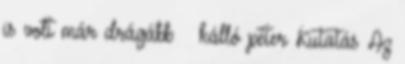
is volt már drágább kálló péter Kutatás Az